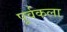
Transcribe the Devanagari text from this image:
पूर्वकला